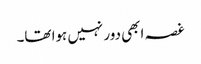
غصہ ابھی دور نہیں ہوا تھا۔